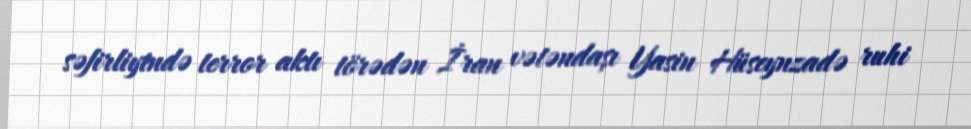
səfirliyində terror aktı törədən İran vətəndaşı Yasin Hüseynzadə ruhi